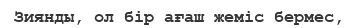
Зиянды, ол бір ағаш жеміс бермес,